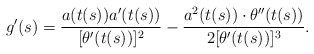
\begin{align*}g'(s)=\frac{a(t(s))a'(t(s))}{[\theta'(t(s))]^2}-\frac{a^2(t(s))\cdot \theta''(t(s))}{2[\theta'(t(s))]^3}.\end{align*}